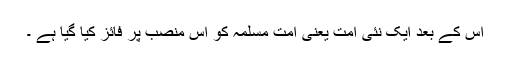
اس کے بعد ایک نئی امت یعنی امت مسلمہ کو اس منصب پر فائز کیا گیا ہے ۔